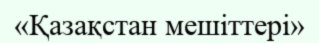
«Қазақстан мешіттері»